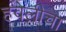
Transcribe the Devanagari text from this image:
हवेलीचा